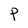
Character: P